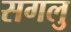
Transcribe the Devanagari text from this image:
सगलु